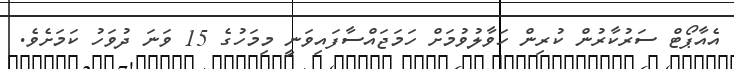
އެއާޕޯޓް ސަރުކާރުން ކުރިން ހަވާލުވުމަށް ހަމަޖައްސާފައިވަނީ މިމަހުގެ 15 ވަނަ ދުވަހު ކަމަށެވެ.